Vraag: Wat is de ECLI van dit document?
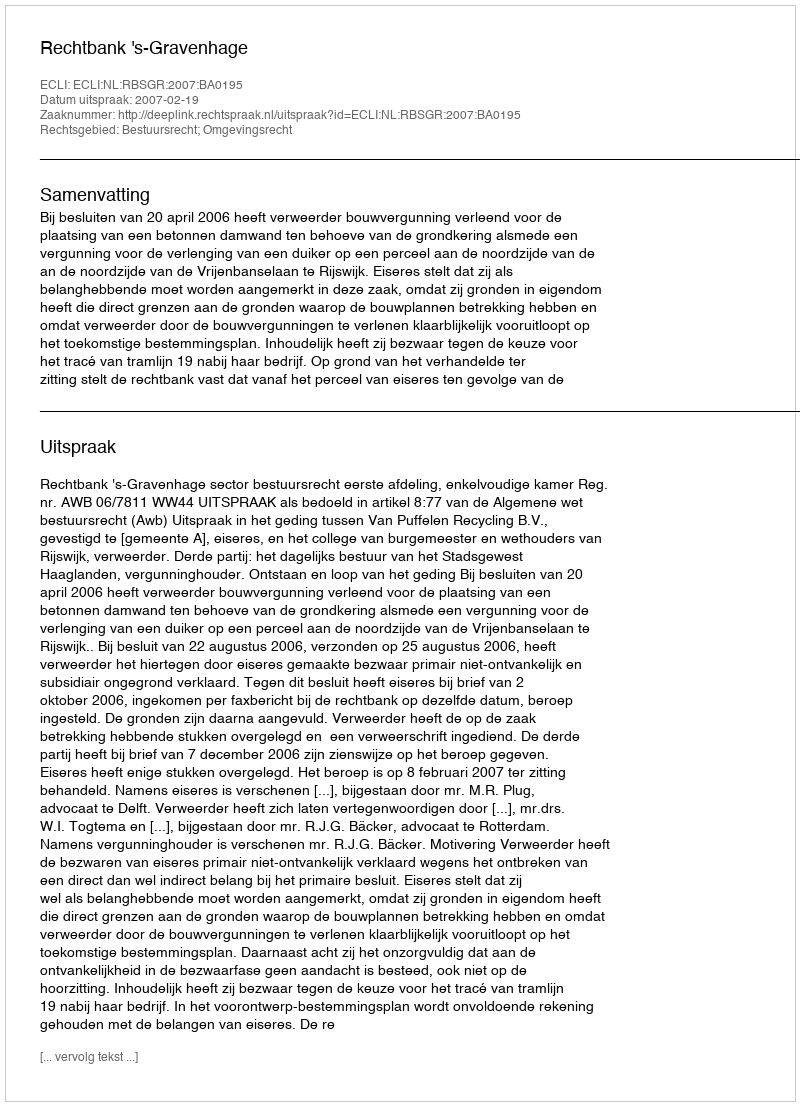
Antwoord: ECLI:NL:RBSGR:2007:BA0195